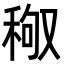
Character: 䅓